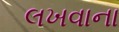
લખવાના